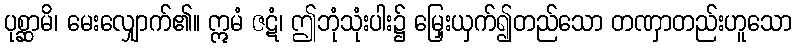
ပုစ္ဆာမိ၊ မေးလျှောက်၏။ ဣမံ ဇဋံ၊ ဤဘုံသုံးပါး၌ မြှေးယှက်၍တည်သော တဏှာတည်းဟူသော